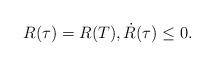
LaTeX: \begin{align*}R(\tau)=R(T), \dot{R}(\tau)\leq0.\end{align*}